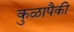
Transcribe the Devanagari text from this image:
कुळापैकी